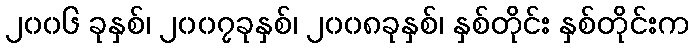
၂၀၀၆ ခုနှစ်၊ ၂၀၀၇ခုနှစ်၊ ၂၀၀၈ခုနှစ်၊ နှစ်တိုင်း နှစ်တိုင်းက